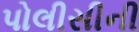
પોલીસીની